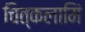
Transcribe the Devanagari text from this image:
चित्कलामिं